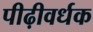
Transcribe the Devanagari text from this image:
पीढ़ीवर्धक